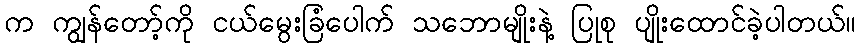
က ကျွန်တော့်ကို ငယ်မွေးခြံပေါက် သဘောမျိုးနဲ့ ပြုစု ပျိုးထောင်ခဲ့ပါတယ်။